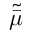
\tilde { \bar { \mu } }